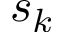
s _ { k }